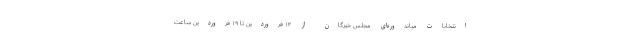
انتخابات میاندوره‌ای مجلس خبرگان از ۱۳ فروردین تا ۱۹ فروردین ساعت